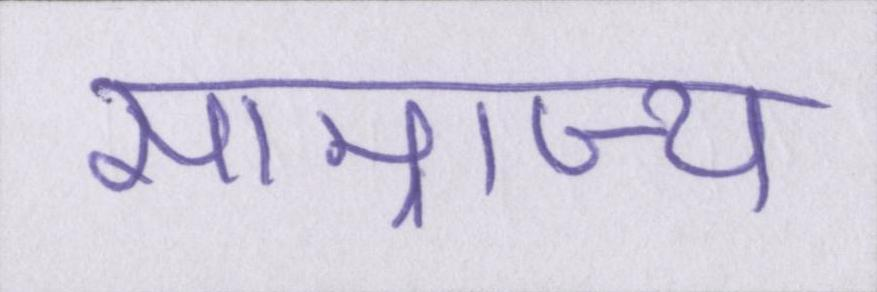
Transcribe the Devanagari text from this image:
साम्राज्य